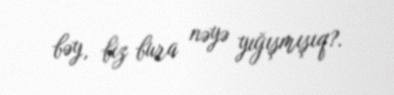
bəy, biz bura nəyə yığışmışıq?.